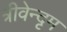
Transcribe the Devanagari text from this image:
त्रीवेन्दृम